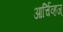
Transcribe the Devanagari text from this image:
आर्चिव्हज्